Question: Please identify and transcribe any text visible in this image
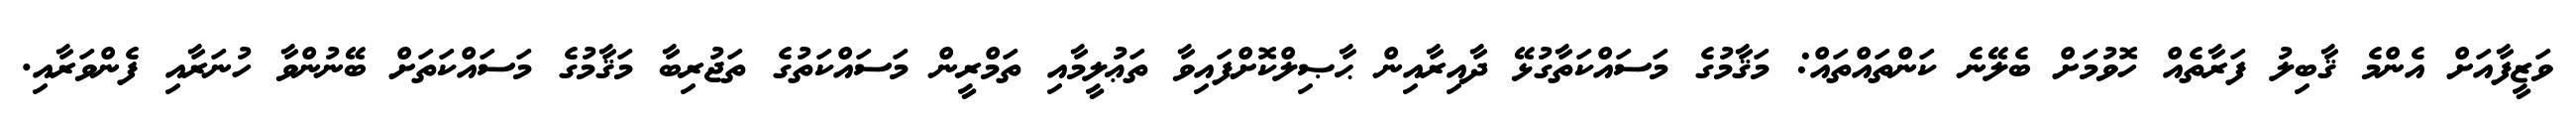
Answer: ވަޒީފާއަށް އެންމެ ޤާބިލު ފަރާތެއް ހޮވުމަށް ބެލޭނެ ކަންތައްތައް: މަޤާމުގެ މަސައްކަތާގުޅޭ ދާއިރާއިން ޙާޞިލްކޮށްފައިވާ ތަޢުލީމާއި ތަމްރީން މަސައްކަތުގެ ތަޖުރިބާ މަޤާމުގެ މަސައްކަތަށް ބޭނުންވާ ހުނަރާއި ފެންވަރާއި.